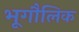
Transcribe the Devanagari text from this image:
भूगौलिक